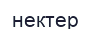
нектер